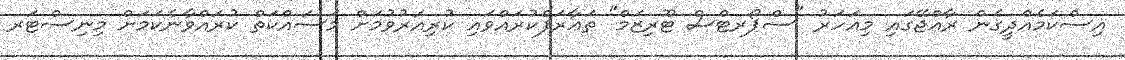
އިސްކަމެއްދީގެން ރާއްޖޭގައި މިއަހަރު "ސްޕޯރޓްސް ޓޫރިޒަމް" ތަޢާރަފްކުރައްވައި ކުރިއަރުވުމަށް މަސައްކަތް ކުރައްވާނެކަމަށް މިނިސްޓަރ